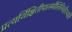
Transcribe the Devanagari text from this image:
प्रत्यर्थिक्षितीपालमौलिनिवहैरभ्यर्चि